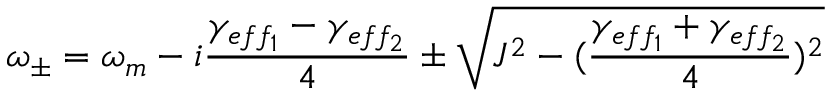
\omega _ { \pm } = \omega _ { m } - i \frac { \gamma _ { e f f _ { 1 } } - \gamma _ { e f f _ { 2 } } } { 4 } \pm \sqrt { J ^ { 2 } - ( \frac { \gamma _ { e f f _ { 1 } } + \gamma _ { e f f _ { 2 } } } { 4 } ) ^ { 2 } }